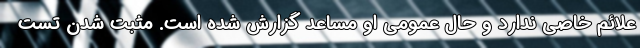
علائم خاصی ندارد و حال عمومی او مساعد گزارش شده است. مثبت شدن تست